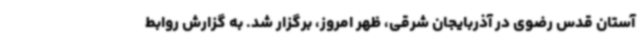
آستان قدس رضوی در آذربایجان شرقی، ظهر امروز، برگزار شد. به گزارش روابط